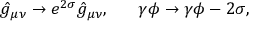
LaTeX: \hat { g } _ { \mu \nu } \to e ^ { 2 \sigma } \hat { g } _ { \mu \nu } , \ \ \ \ \ \gamma \phi \to \gamma \phi - 2 \sigma ,